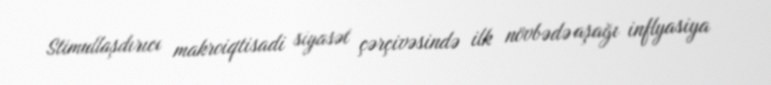
Stimullaşdırıcı makroiqtisadi siyasət çərçivəsində ilk növbədə aşağı inflyasiya